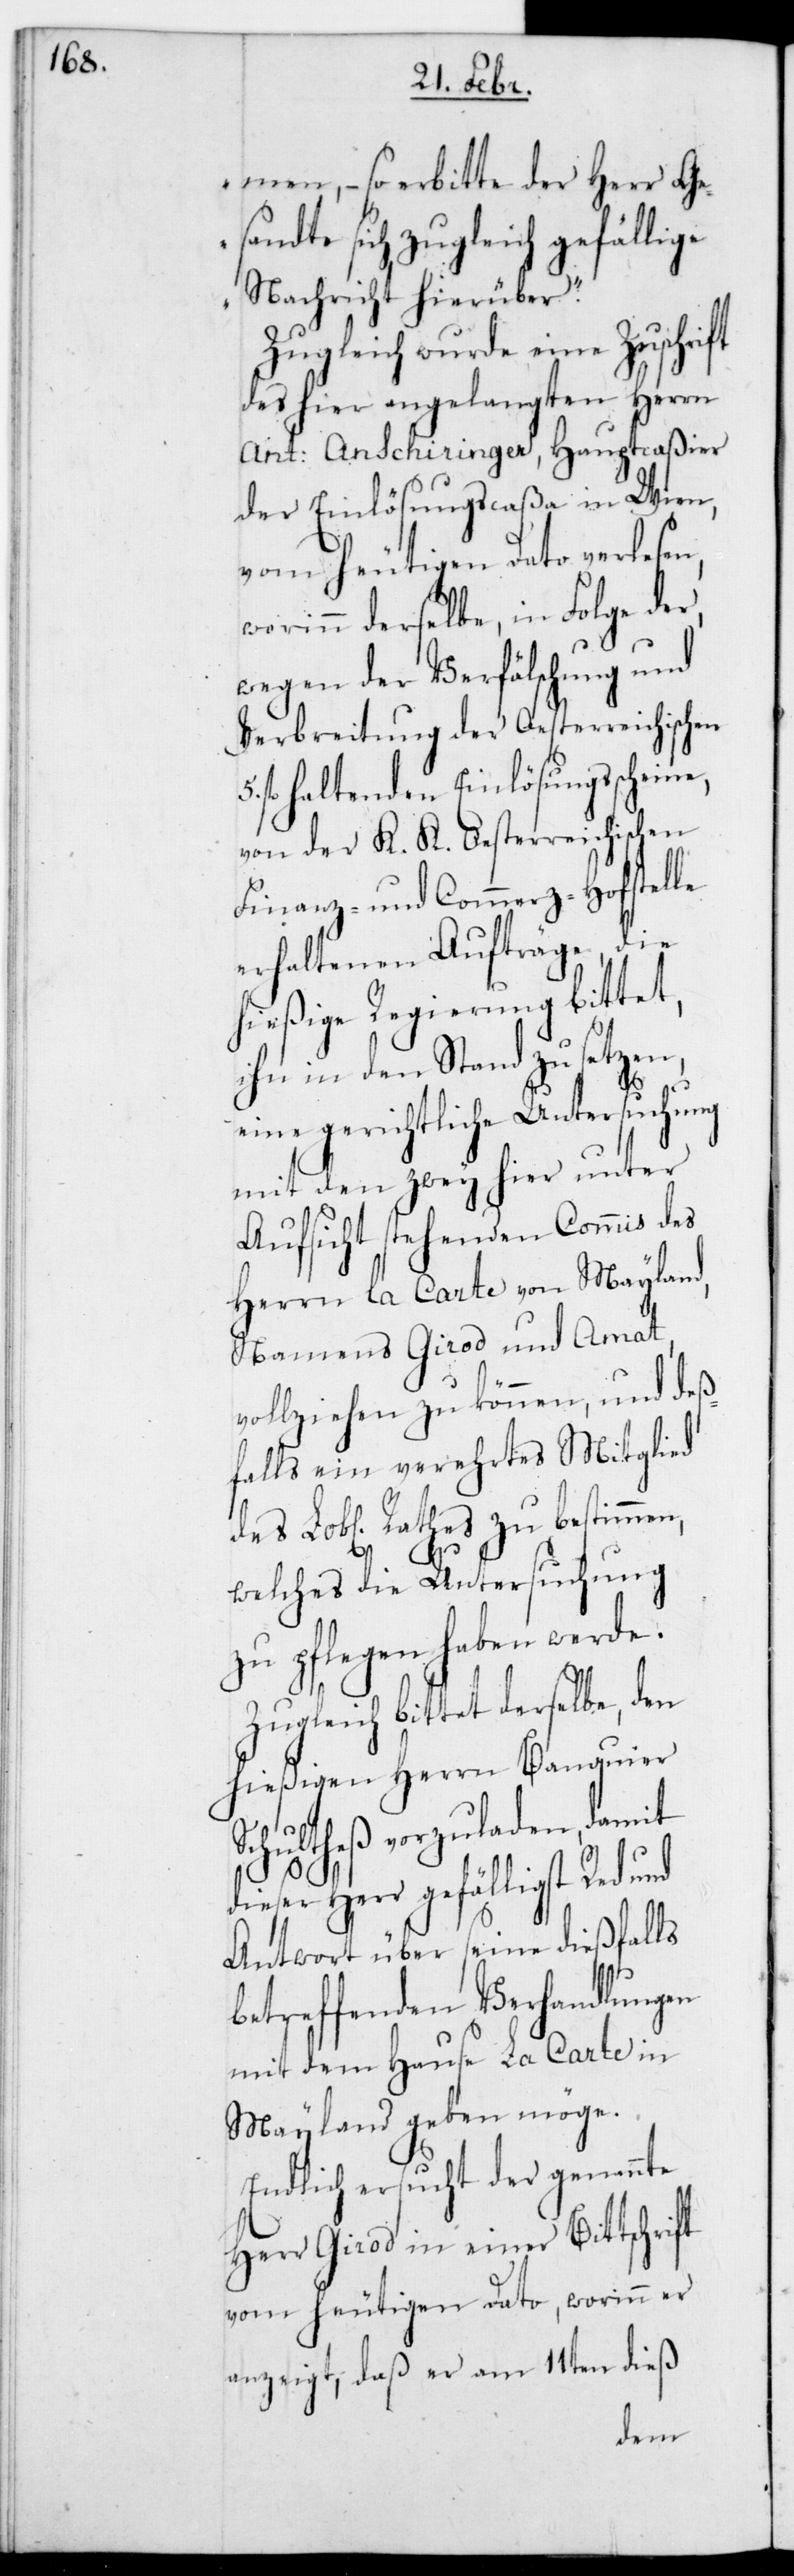
men, – so erbitte der Herr Ge¬
sandte sich zugleich gefällige
Nachricht hierüber“.
Zugleich wurde eine Zuschrift
des hier angelangten Herrn
Ant. Anschiringer, Hauptcaßier
der Einlösungscaßa in Wien,
vom heutigen Dato verlesen,
worinn derselbe in Folge der,
wegen der Verfälschung und
Verbreitung der österreichischen
fl. haltenden Einlösungsscheine,
von der K. K. Oesterreichischen
Finanz- und Commerz-Hofstelle
erhaltenen Aufträge, die
hießige Regierung bittet,
ihn in den Stand zu setzen,
eine gerichtliche Untersuchung
mit den zwey hier unter
Aufsicht stehenden Commis des
Herrn la Carte von Mayland,
namens Girod und Amat,
vollziehen zu können, und des¬
falls ein verehrtes Mitglied
des L. Rathes zu bestimmen,
welches die Untersuchung
zu pflegen haben werde.
Zugleich bittet derselbe den
hießigen Herrn Banquier S¬
chultheß vorzuladen, damit
Herr gefälligst Red
Antwort über seine dießfalls
betreffenden Verhandlungen
mit dem Hause La Carte in
Mayland geben möge.
Endlich ersucht der genannte
Herr Girod in einer Bittschrift
von heutigen Dato, worinn er
anzeigt, daß er am 11ten dieß